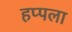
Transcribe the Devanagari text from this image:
हप्पला